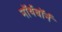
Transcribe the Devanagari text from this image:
नॉर्थबॉर्न